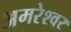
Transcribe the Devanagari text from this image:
अमरेश्‍वर